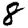
Digit: 8